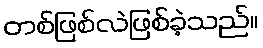
တစ်ဖြစ်လဲဖြစ်ခဲ့သည်။